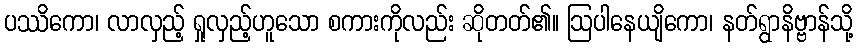
ပဿိကော၊ လာလှည့် ရှုလှည့်ဟူသော စကားကိုလည်း ဆိုတတ်၏။ ဩပါနေယျိကော၊ နတ်ရွာနိဗ္ဗာန်သို့